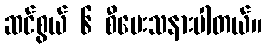
ဆင်စွယ် ၆ စီပေးသနားပါတယ်။